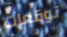
توقعات